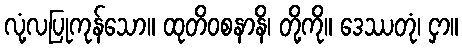
လုံ့လပြုကုန်သော။ ထုတိဝစနာနိ၊ တို့ကို။ ဒေဿတုံ၊ ငှာ။